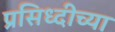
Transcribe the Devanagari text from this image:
प्रसिध्दीच्या